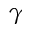
\gamma